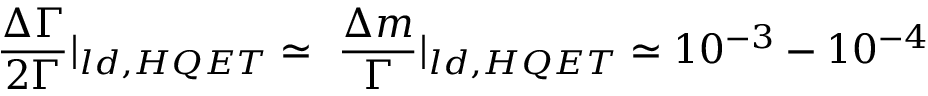
\frac { \Delta \Gamma } { 2 \Gamma } | _ { l d , H Q E T } \simeq ~ \frac { \Delta m } { \Gamma } | _ { l d , H Q E T } \simeq 1 0 ^ { - 3 } - 1 0 ^ { - 4 }